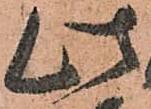
此